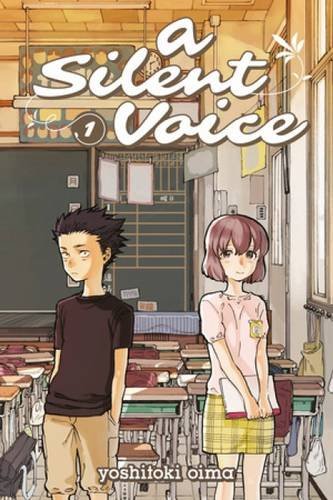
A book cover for A Silent Voice 1; Yoshitoki Oima; Comics & Graphic Novels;